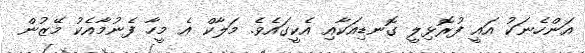
އަންހެނަކު އައީ ފުރޮޅިލީ ގޮނޑިއަކާއި އެކީގައެވެ. މަލާކް އެ މީހާ ފެނުމާއެކު މޭޒުން